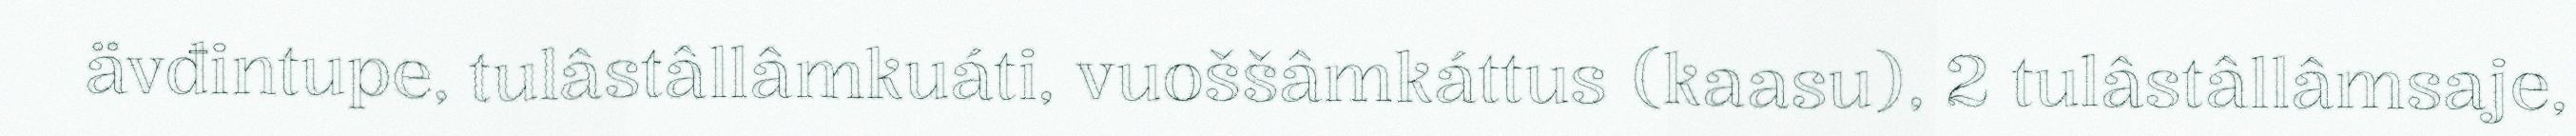
ävđintupe, tulâstâllâmkuáti, vuoššâmkáttus (kaasu), 2 tulâstâllâmsaje,